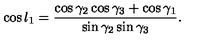
\cos l _ { 1 } = { \frac { \cos \gamma _ { 2 } \cos \gamma _ { 3 } + \cos \gamma _ { 1 } } { \sin \gamma _ { 2 } \sin \gamma _ { 3 } } } .